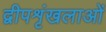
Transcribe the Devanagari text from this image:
द्वीपशृंखलाओं